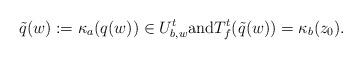
LaTeX: \begin{align*}\tilde{q}(w):=\kappa_a(q(w))\in U^t_{b,w}\mbox{and} T^t_{f}(\tilde{q}(w))=\kappa_b(z_0). \end{align*}